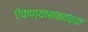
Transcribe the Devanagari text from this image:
ऐकण्याबाबतच्या